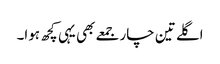
اگلے تین چار جمعے بھی یہی کچھ ہوا۔